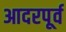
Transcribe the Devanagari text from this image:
आदरपूर्व